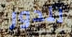
للدور